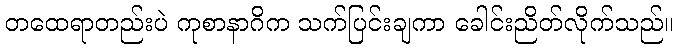
တထေရာတည်းပဲ ကုစာနာဂိက သက်ပြင်းချကာ ခေါင်းညိတ်လိုက်သည်။